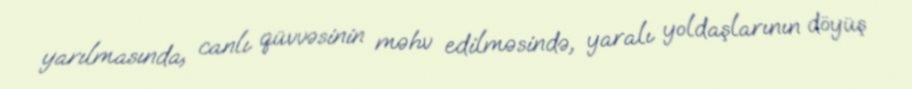
yarılmasında, canlı qüvvəsinin məhv edilməsində, yaralı yoldaşlarının döyüş